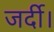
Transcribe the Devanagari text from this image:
जर्दी।